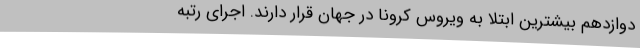
دوازدهم بیشترین ابتلا به ویروس کرونا در جهان قرار دارند. اجرای رتبه‌